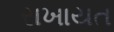
રાખાયત